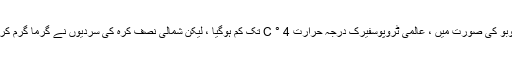
پناتوبو کی صورت میں ، عالمی ٹروپوسفیرک درجہ حرارت 4 ° C تک کم ہوگیا ، لیکن شمالی نصف کرہ کی سردیوں نے گرما گرم کردیا۔